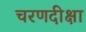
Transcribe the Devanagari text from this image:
चरणदीक्षा